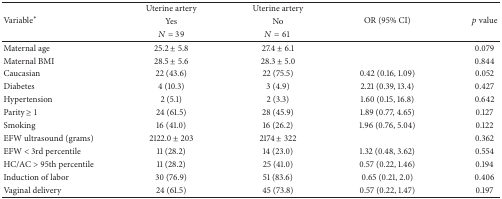
<table><thead><tr><td rowspan="3"><b>Variable<sup><i>∗</i></sup></b></td><td><b>Uterine artery </b></td><td><b>Uterine artery </b></td><td rowspan="3"><b>OR (95% CI)</b></td><td rowspan="3"><b><i>p</i> value</b></td></tr><tr><td><b>Yes</b></td><td><b>No</b></td></tr><tr><td><b><i>N</i> = 39</b></td><td><b><i>N</i> = 61</b></td></tr></thead><tbody><tr><td>Maternal age</td><td>25.2 ± 5.8</td><td>27.4 ± 6.1</td><td> </td><td>0.079</td></tr><tr><td>Maternal BMI</td><td>28.5 ± 5.6</td><td>28.3 ± 5.0</td><td> </td><td>0.844</td></tr><tr><td>Caucasian</td><td>22 (43.6)</td><td>22 (75.5)</td><td>0.42 (0.16, 1.09)</td><td>0.052</td></tr><tr><td>Diabetes</td><td>4 (10.3)</td><td>3 (4.9)</td><td>2.21 (0.39, 13.4)</td><td>0.427</td></tr><tr><td>Hypertension</td><td>2 (5.1)</td><td>2 (3.3)</td><td>1.60 (0.15, 16.8)</td><td>0.642</td></tr><tr><td>Parity ≥ 1</td><td>24 (61.5)</td><td>28 (45.9)</td><td>1.89 (0.77, 4.65)</td><td>0.127</td></tr><tr><td>Smoking</td><td>16 (41.0)</td><td>16 (26.2)</td><td>1.96 (0.76, 5.04)</td><td>0.122</td></tr><tr><td>EFW ultrasound (grams)</td><td>2122.0 ± 203</td><td>2174 ± 322</td><td> </td><td>0.362</td></tr><tr><td>EFW &lt; 3rd percentile</td><td>11 (28.2)</td><td>14 (23.0)</td><td>1.32 (0.48, 3.62)</td><td>0.554</td></tr><tr><td>HC/AC &gt; 95th percentile</td><td>11 (28.2)</td><td>25 (41.0)</td><td>0.57 (0.22, 1.46)</td><td>0.194</td></tr><tr><td>Induction of labor</td><td>30 (76.9)</td><td>51 (83.6)</td><td>0.65 (0.21, 2.0)</td><td>0.406</td></tr><tr><td>Vaginal delivery</td><td>24 (61.5)</td><td>45 (73.8)</td><td>0.57 (0.22, 1.47)</td><td>0.197</td></tr></tbody></table>